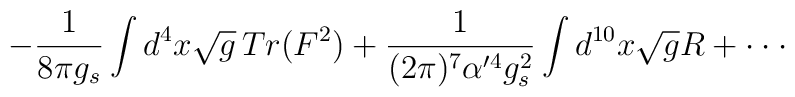
-\frac{1}{8\pi g_s}\int d^4x \sqrt{g} \, Tr(F^2)+\frac{1}{(2\pi)^7\alpha^{\prime 4}g_s^2}\int d^{10}x \sqrt{g}R + \cdot\cdot\cdot